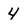
Character: 4